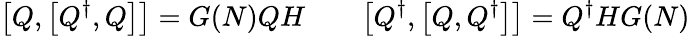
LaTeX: \bigl[Q,\bigl[Q^{\dagger},Q\bigr]\bigr]=G(N)QH\qquad\bigl[Q^{\dagger},\bigl[Q,Q^{\dagger}\bigr]\bigr]=Q^{\dagger}HG(N)